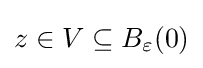
z\in V\subseteq B_{\varepsilon }(0)